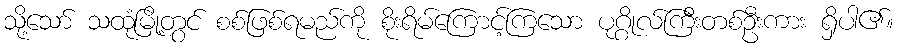
သို့သော် သထုံမြို့တွင် စစ်ဖြစ်ရမည်ကို စိုးရိမ်ကြောင့်ကြသော ပုဂ္ဂိုလ်ကြီးတစ်ဦးကား ရှိပါ၏။